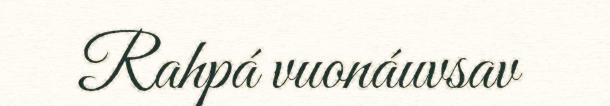
Rahpá vuonáuvsav